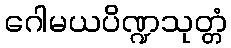
ဂေါမယပိဏ္ဍသုတ္တံ